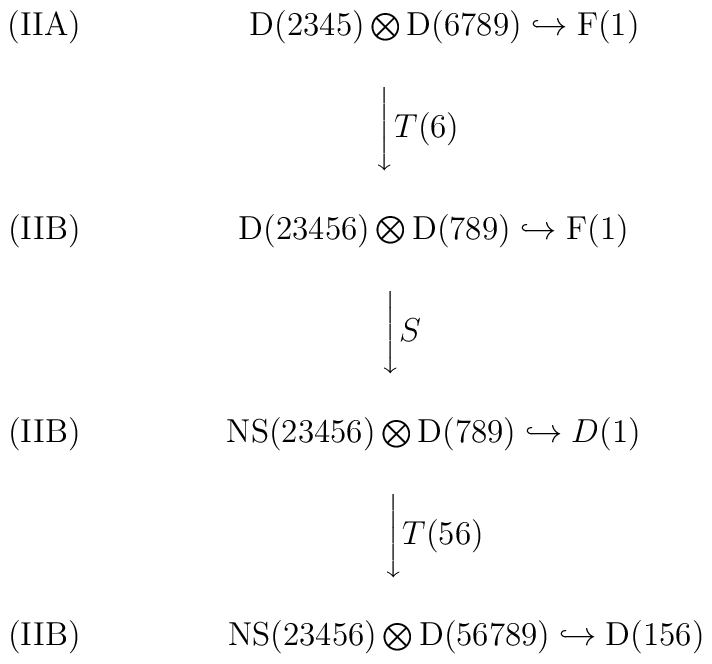
\begin{array}{ccc}({\rm IIA})\ \ \ \ \  &\ \ {\rm D}(2345) \bigotimes  {\rm D}(6789)  \hookrightarrow{\rm F}(1) \\ \ & \\ \  & \Biggl\downarrow { T{(6)\ \ \ } }   \\ \ & \\({\rm IIB})\ \ \ \ \   & {\rm D}(23456) \bigotimes {\rm D}(789)\hookrightarrow {\rm F}(1) \\  \ & \\\  & \Biggl\downarrow { S{\ \ \ \ \ \ } } \\\ & \\({\rm IIB})\ \ \ \ \  & {\rm NS}(23456) \bigotimes {\rm D}(789)\hookrightarrow  D(1) \\\ & \\ \  & \Biggl\downarrow { T(56) }  \\ \ & \\({\rm IIB})\ \ \ \ \   & \ \ \ \ \ \ {\rm NS}(23456) \bigotimes {\rm D}(56789)\hookrightarrow {\rm D}(156)\end{array}